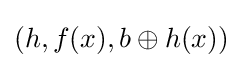
(h,f(x),b\oplus h(x))